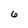
Character: 6